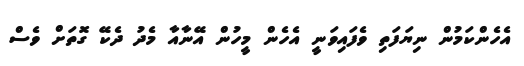
އެހެންކަމުން ނިޔަފަތި ވެފައިވަނީ އެހެން މީހުން އޭނާއާ މެދު ދެކޭ ގޮތަށް ވެސް